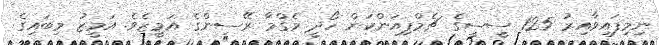
ނިމިފައިވާއިރު 125 ސީސީގެ ޗެމްޕިއަންކަން ހޯދީ މެގްމާ ރޭސިންގެ އަމީޒެވެ. އަމީޒު މިބައިގެ